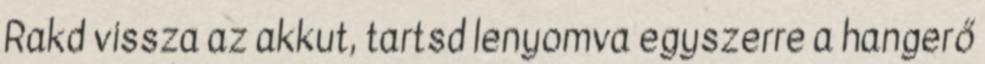
Rakd vissza az akkut, tartsd lenyomva egyszerre a hangerő